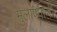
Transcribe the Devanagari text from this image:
मुलाण्याची